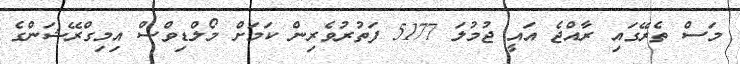
މަސް ތެރޭގައި ރާއްޖެ އައީ ޖުމުލަ 5177 ފަތުރުވެރިން ކަމަށް މޯލްޑިވްސް އިމިގްރޭޝަންގެ